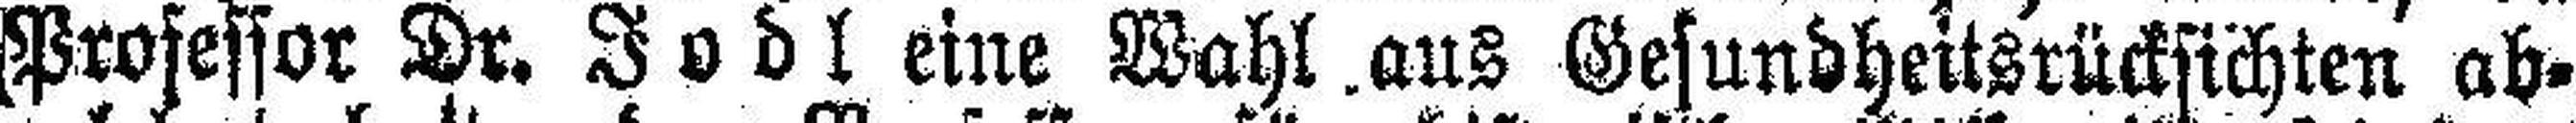
Professor Dr. Jodl eine Wahl aus Gesundheitsrücksichten ab¬